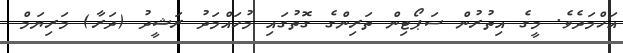
އަހްމަދެވެ. މީގެ އިތުރުން ސަޕޯޓިން ތަރިންގެ ގޮތުގައި މުހައްމަދު ރަޝީދު (ދަރާ) މަރިޔަމް